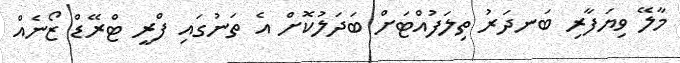
މާލޭ ވިޔަފާރި ބަނދަރު ތިލަފުއްޓަށް ބަދަލުކޮށް އެ ތަނުގައި ފްރީ ޓްރޭޑް ޒޯނެއް